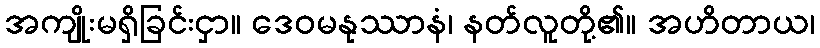
အကျိုးမရှိခြင်းငှာ။ ဒေဝမနုဿာနံ၊ နတ်လူတို့၏။ အဟိတာယ၊